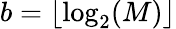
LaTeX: b=\lfloor\log_{2}(M)\rfloor